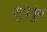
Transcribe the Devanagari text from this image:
सुपेर्बुग